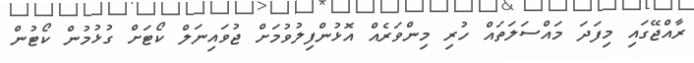
ރާއްޖޭގައި މިފަދަ މައްސަލަތައް ހުރި މިންވަރެއް އޮޅުންފިލުވުމަށް ޖުވައިނަލް ކޯޓަށް ގުޅުމުން ކޯޓުން